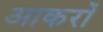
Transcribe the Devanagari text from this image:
आकरों